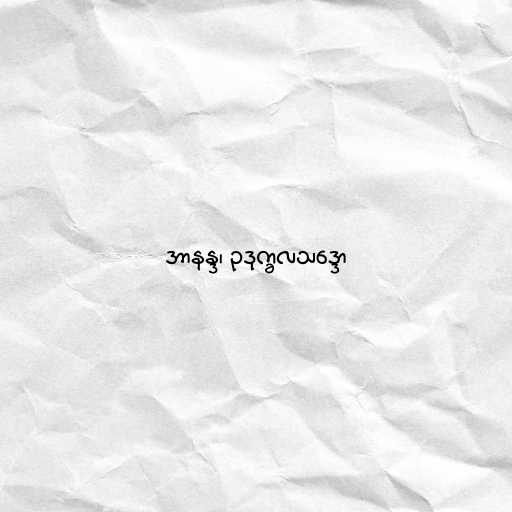
အာနန္ဒ၊ ဥဒုက္ခလသဒ္ဒော